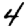
Digit: 4